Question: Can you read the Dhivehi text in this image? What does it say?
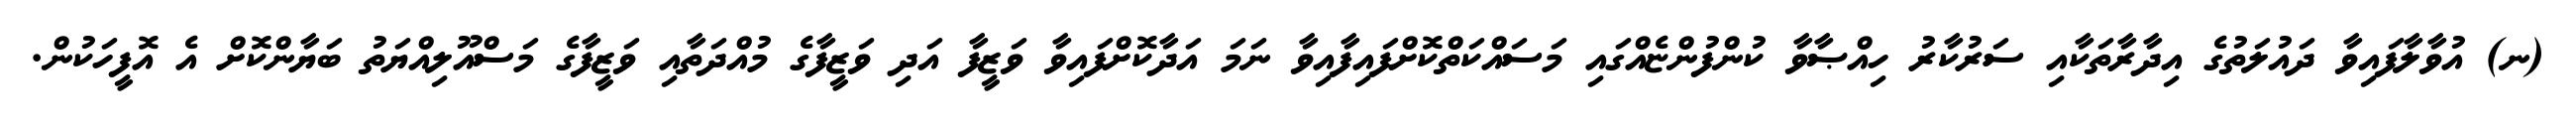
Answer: (ނ) އުވާލާފައިވާ ދައުލަތުގެ އިދާރާތަކާއި ސަރުކާރު ހިއްޞާވާ ކުންފުންޏެއްގައި މަސައްކަތްކޮށްފައިފާއިވާ ނަމަ އަދާކޮށްފައިވާ ވަޒީފާ އަދި ވަޒީފާގެ މުއްދަތާއި ވަޒީފާގެ މަސްއޫލިއްޔަތު ބަޔާންކޮށް އެ އޮފީހަކުން.